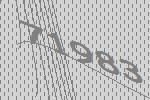
71983